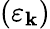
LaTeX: (\varepsilon_{\mathbf{k}})